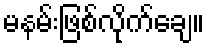
မနမ်းဖြစ်လိုက်ချေ။